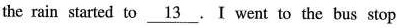
the rain started to \underline_{13}. I went to the bus stop